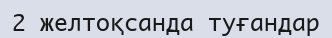
2 желтоқсанда туғандар